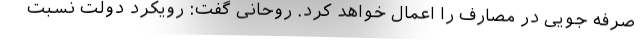
صرفه جویی در مصارف را اعمال خواهد کرد. روحانی گفت: رویکرد دولت نسبت